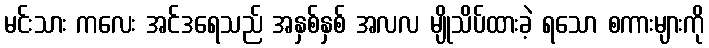
မင်းသား ကလေး အင်ဒရေသည် အနှစ်နှစ် အလလ မျိုသိပ်ထားခဲ့ ရသော စကားများကို